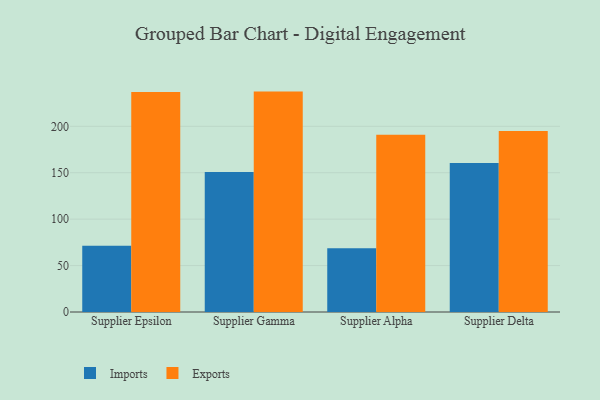
{"axis": {"x": "Supplier", "y": "Market Share (%)"}, "legend": ["Exports", "Imports"], "data": [{"x": "Supplier Epsilon", "y": 71.4, "type": "Imports"}, {"x": "Supplier Epsilon", "y": 236.9, "type": "Exports"}, {"x": "Supplier Gamma", "y": 150.8, "type": "Imports"}, {"x": "Supplier Gamma", "y": 237.4, "type": "Exports"}, {"x": "Supplier Alpha", "y": 68.7, "type": "Imports"}, {"x": "Supplier Alpha", "y": 190.8, "type": "Exports"}, {"x": "Supplier Delta", "y": 160.6, "type": "Imports"}, {"x": "Supplier Delta", "y": 194.9, "type": "Exports"}]}